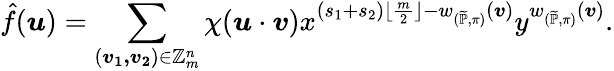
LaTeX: \hat{f}(\boldsymbol{u})=\sum_{(\boldsymbol{v_{1},v_{2}})\in\mathbb{Z}_{m}^{n}}\chi(\boldsymbol{u}\cdot\boldsymbol{v})x^{(s_{1}+s_{2})\lfloor\frac{m}{2}\rfloor-w_{(\widetilde{\mathbb{P}},\pi)}(\boldsymbol{v})}y^{w_{(\widetilde{\mathbb{P}},\pi)}(\boldsymbol{v})}.